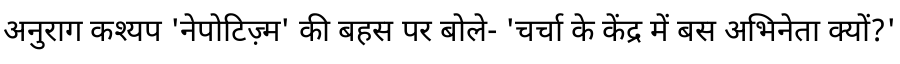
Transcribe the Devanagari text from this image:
अनुराग कश्यप 'नेपोटिज़्म' की बहस पर बोले- 'चर्चा के केंद्र में बस अभिनेता क्यों?'